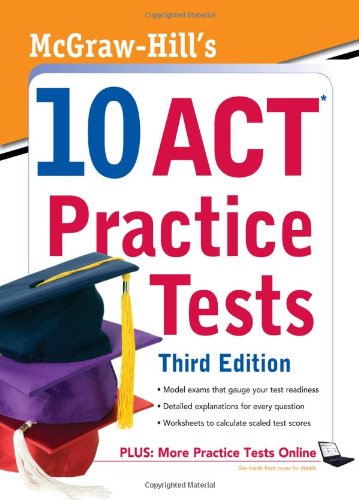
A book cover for McGraw-Hill's 10 ACT Practice Tests, Third Edition (McGraw-Hill's 10 Practice Acts); Steven Dulan; Test Preparation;